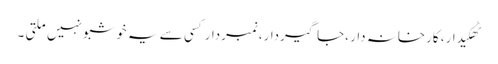
ٹھکیدار، کارخانہ دار ،جاگیردار،نمبردارکسی سے یہ خوشبو نہیں ملتی ۔